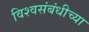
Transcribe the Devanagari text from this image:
विश्वसंबंधीच्या